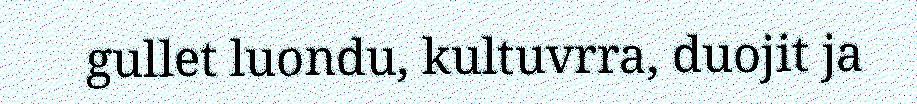
gullet luondu, kultuvrra, duojit ja